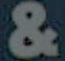
&